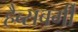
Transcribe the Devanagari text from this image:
हैब्सबर्गी